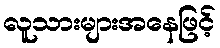
လူသားများအနေဖြင့်